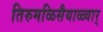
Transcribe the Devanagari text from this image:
तिरुमळिसैयाळ्वार्